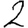
Digit: 2